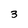
Character: 3